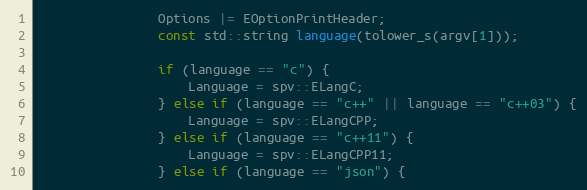
Language: C++
                Options |= EOptionPrintHeader;
                const std::string language(tolower_s(argv[1]));

                if (language == "c") {
                    Language = spv::ELangC;
                } else if (language == "c++" || language == "c++03") {
                    Language = spv::ELangCPP;
                } else if (language == "c++11") {
                    Language = spv::ELangCPP11;
                } else if (language == "json") {